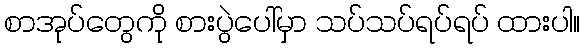
စာအုပ်တွေကို စားပွဲပေါ်မှာ သပ်သပ်ရပ်ရပ် ထားပါ။